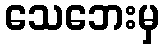
သေဘေးမှ